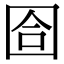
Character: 𡇞